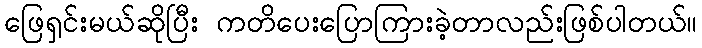
ဖြေရှင်းမယ်ဆိုပြီး ကတိပေးပြောကြားခဲ့တာလည်းဖြစ်ပါတယ်။